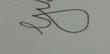
Signature authenticity: forged